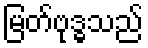
မြတ်ဗုဒ္ဓသည်